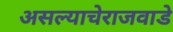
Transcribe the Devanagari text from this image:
असल्याचेराजवाडे